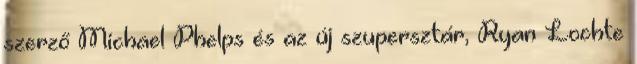
szerző Michael Phelps és az új szupersztár, Ryan Lochte